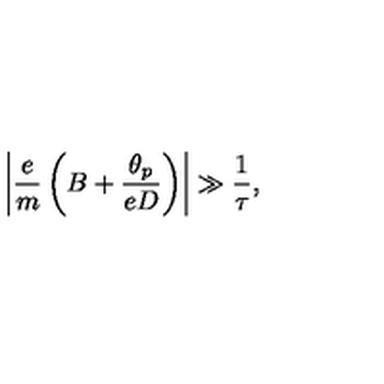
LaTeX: \left\vert \frac { e } { m } \left( B + \frac { \theta _ { p } } { e D } \right) \right\vert \gg \frac { 1 } { \tau } ,